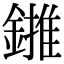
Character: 𨫻